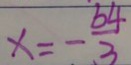
x = - \frac { 6 4 } { 3 }